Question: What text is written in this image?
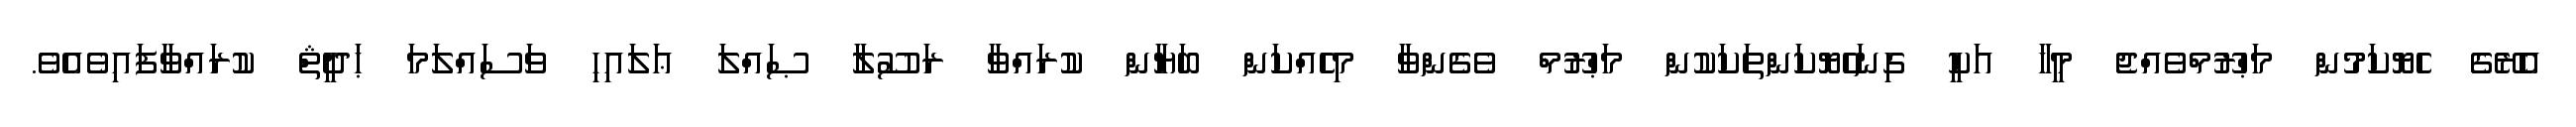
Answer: އެރޭގެ ހެޔޮކަމުން މަޙްރޫމްވެއްޖެ މީހާ އަކީ ގިނަހެޔޮކަންތަކަކުން މަޙްރޫމް ވެގެންވާ މިހެއްކަން ބަޔާން ކުރައްވާ ރަސޫލާ ޞައްލަ ޢަލައިހި ވަސައްލަމަ ޙަދީޘް ކުރައްވާފައިވެއެވެ.